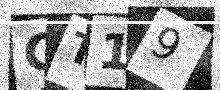
Text: CT19